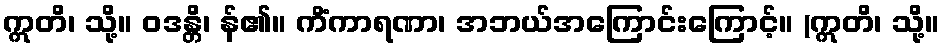
ဣတိ၊ သို့။ ဝဒန္တိ၊ န်၏။ ကိံကာရဏာ၊ အဘယ်အကြောင်းကြောင့်။ (ဣတိ၊ သို့။